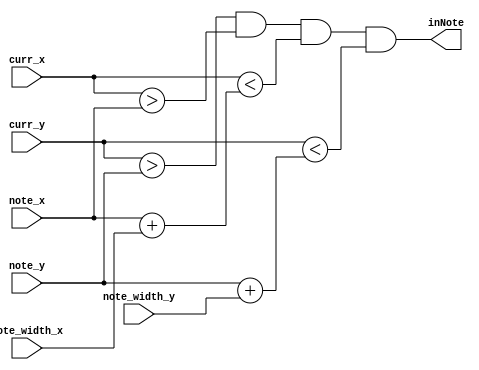
module check_flex_bounds(inNote, note_x, note_y, note_width_x, note_width_y, curr_x, curr_y);
    // check if current x and y are within an object with width x and y
    input [9:0] note_x, note_y, note_width_x, note_width_y, curr_x;
    input [8:0] curr_y;

    output inNote; // high if x and y are within the object

    wire top, left, right, bottom;
    assign top = curr_y > note_y;
    assign left = curr_x > note_x;
    assign right = curr_x < note_x + note_width_x;
    assign bottom = curr_y < note_y + note_width_y;
    
    and(inNote, top, left, right, bottom);

endmodule